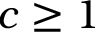
c \geq 1